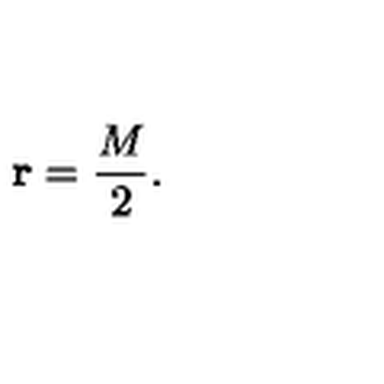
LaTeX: { \bf r } = \frac { M } { 2 } .